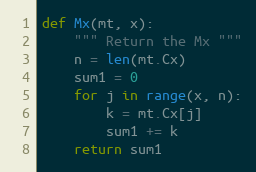
Language: Python
def Mx(mt, x):
    """ Return the Mx """
    n = len(mt.Cx)
    sum1 = 0
    for j in range(x, n):
        k = mt.Cx[j]
        sum1 += k
    return sum1